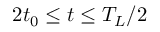
2 t _ { 0 } \le t \le T _ { L } / 2